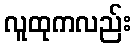
လူထုကလည်း